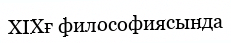
ХІХғ философиясында